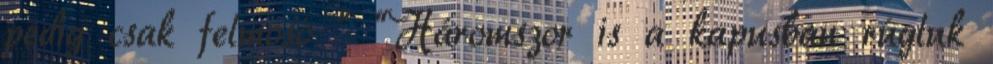
pedig csak felmosó ” “Háromszor is a kapusban rúgtuk